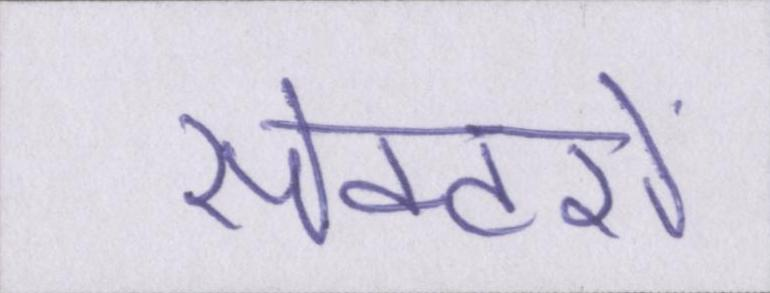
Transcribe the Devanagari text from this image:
सेक्टरों